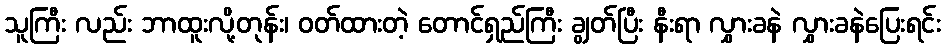
သူကြီး လည်း ဘာထူးလို့တုန်း၊ ဝတ်ထားတဲ့ တောင်ရှည်ကြီး ချွတ်ပြီး နီးရာ လွှားခနဲ လွှားခနဲပြေးရင်း